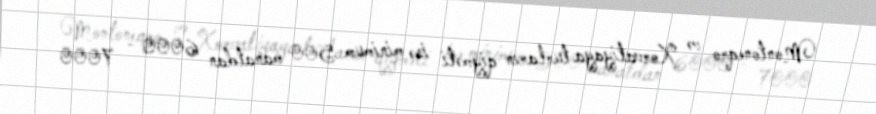
Montoneqro və Xorvatiyaya turların qiyməti isə minimum 500 manatdan 6000 - 7000